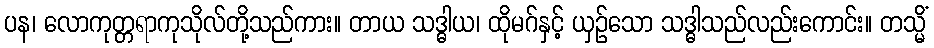
ပန၊ လောကုတ္တရာကုသိုလ်တို့သည်ကား။ တာယ သဒ္ဓါယ၊ ထိုမဂ်နှင့် ယှဉ်သော သဒ္ဓါသည်လည်းကောင်း။ တသ္မိံ